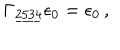
LaTeX: \Gamma _ { \underline { { { 2 5 3 4 } } } } \epsilon _ { 0 } = \epsilon _ { 0 } \, , \qquad